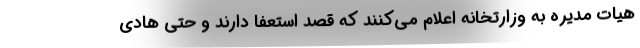
هیات مدیره به وزارتخانه اعلام می‌کنند که قصد استعفا دارند و حتی هادی